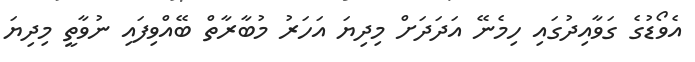
އެވޯޑުގެ ގަވާއިދުގައި ހިމެނޭ އަދަދަށް މިދިޔަ އަހަރު މުބާރާތް ބޭއްވިފައި ނުވާތީ މިދިޔަ